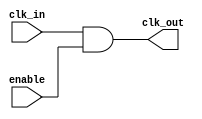
module ClockGatingCell (
    input wire clk_in,      // Input clock signal
    input wire enable,      // Enable signal for clock gating
    output wire clk_out     // Gated clock output
);
    assign clk_out = clk_in & enable; // Gated clock logic
endmodule